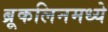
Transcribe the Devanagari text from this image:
ब्रूकलिनमध्ये